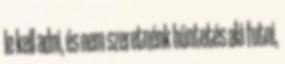
le kell adni, és nem szeretnénk büntetés alá futni,